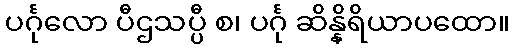
ပင်္ဂုလော ပီဌသပ္ပီ စ၊ ပင်္ဂု ဆိန္နိရိယာပထော။